Elephants and their diseases
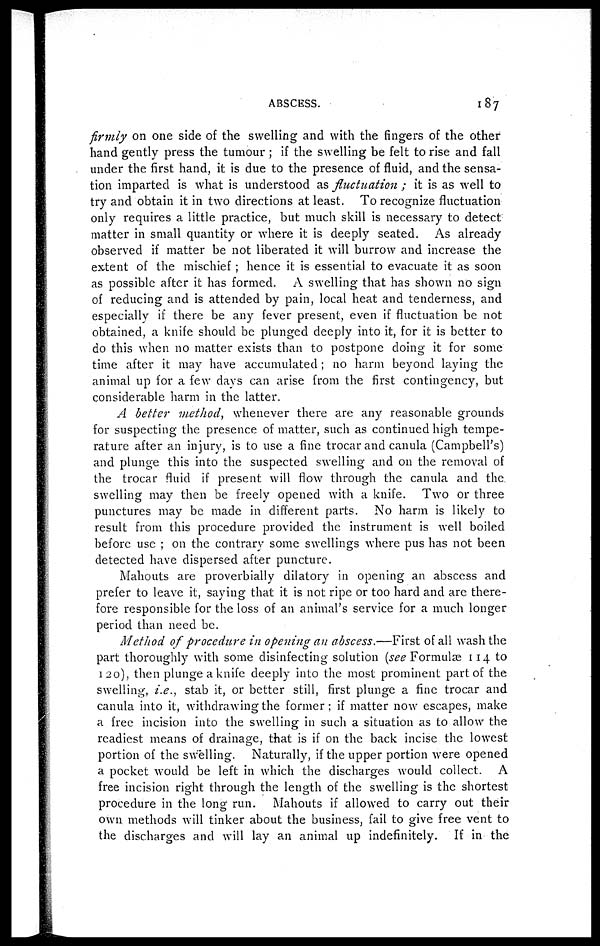
ABSCESS.
187
firmly on one side of the swelling and with the fingers of the other
hand gently press the tumour ; if the swelling be felt to rise and fall
under the first hand, it is due to the presence of fluid, and the sensa-
tion imparted is what is understood as fluctuation ; it is as well to
try and obtain it in two directions at least. To recognize fluctuation
only requires a little practice, but much skill is necessary to detect
matter in small quantity or where it is deeply seated. As already
observed if matter be not liberated it will burrow and increase the
extent of the mischief; hence it is essential to evacuate it as soon
as possible after it has formed. A swelling that has shown no sign
of reducing and is attended by pain, local heat and tenderness, and
especially if there be any fever present, even if fluctuation be not
obtained, a knife should be plunged deeply into it, for it is better to
do this when no matter exists than to postpone doing it for some
time after it may have accumulated; no harm beyond laying the
animal up for a few days can arise from the first contingency, but
considerable harm in the latter.
A better method, whenever there are any reasonable grounds
for suspecting the presence of matter, such as continued high tempe-
rature after an injury, is to use a fine trocar and canula (Campbell's)
and plunge this into the suspected swelling and on the removal of
the trocar fluid if present will flow through the canula and the
swelling may then be freely opened with a knife. Two or three
punctures may be made in different parts. No harm is likely to
result from this procedure provided the instrument is well boiled
before use ; on the contrary some swellings where pus has not been
detected have dispersed after puncture.
Mahouts are proverbially dilatory in opening an abscess and
prefer to leave it, saying that it is not ripe or too hard and are there-
fore responsible for the loss of an animal's service for a much longer
period than need be.
Method of procedure in opening an abscess.—First of all wash the
part thoroughly with some disinfecting solution (see Formulæ 114 to
120), then plunge a knife deeply into the most prominent part of the
swelling, i.e., stab it, or better still, first plunge a fine trocar and
canula into it, withdrawing the former; if matter now escapes, make
a free incision into the swelling in such a situation as to allow the
readiest means of drainage, that is if on the back incise the lowest
portion of the swelling. Naturally, if the upper portion were opened
a pocket would be left in which the discharges would collect. A
free incision right through the length of the swelling is the shortest
procedure in the long run. Mahouts if allowed to carry out their
own methods will tinker about the business, fail to give free vent to
the discharges and will lay an animal up indefinitely. If in the